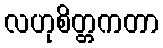
လဟုစိတ္တကတာ